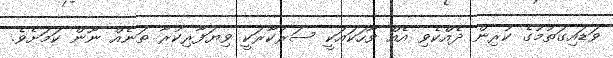
ވަޑައިގަތުމުގެ ކުރިން ދެއްކެވި އެއް ވާހަކައަކީ ސަރުކާރަކީ ވިޔަފާރިކުރާ ތަނެއް ނޫން ކަމަށެވެ.